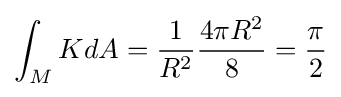
\int _{M}KdA={\frac {1}{R^{2}}}{\frac {4\pi R^{2}}{8}}={\frac {\pi }{2}}